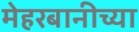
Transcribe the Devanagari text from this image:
मेहरबानीच्या